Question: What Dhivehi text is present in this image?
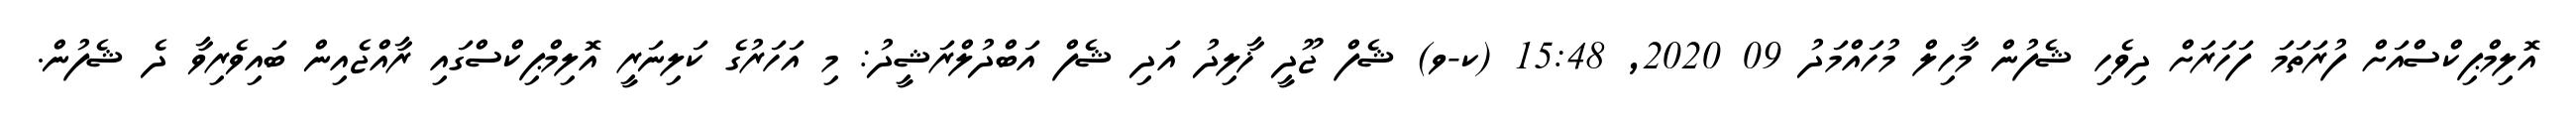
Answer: އޮލިމްޕިކްސްއަށް ފުރަތަމަ ފަހަރަށް ދިވެހި ޝެފުން މާހިލް މުހައްމަދު 09 2020, 15:48 (ކ-ވ) ޝެފް ޖޫދީ ޚާލިދު އަދި ޝެފް އަބްދުލްރަޝީދު: މި އަހަރުގެ ކަލިނަރީ އޮލިމްޕިކްސްގައި ރާއްޖެއިން ބައިވެރިވާ ދެ ޝެފުން.